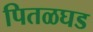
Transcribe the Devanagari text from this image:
पितळघड